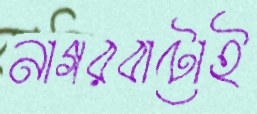
নাগরবাটোই